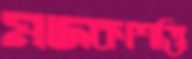
মাদকাশক্তি